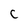
Character: C